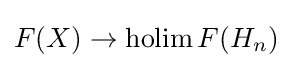
F(X)\to \operatorname {holim} F(H_{n})